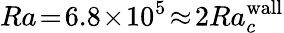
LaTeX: Ra\! =\! 6.8\! \times\! 10^{5}\! \approx\! 2Ra_{c}^{\textrm{wall}}